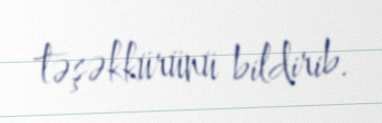
təşəkkürünü bildirib.